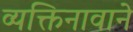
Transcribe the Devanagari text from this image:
व्यक्तिनावाने